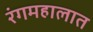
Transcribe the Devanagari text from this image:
रंगमहालात